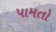
પામતો